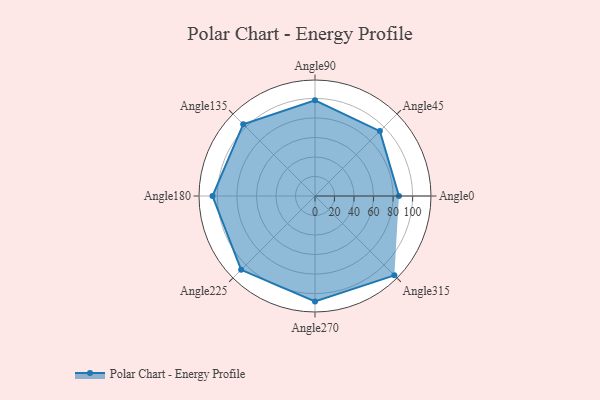
{"axis": {"x": "Angle", "y": "Radius"}, "legend": [""], "data": [{"x": "Angle0", "y": 86.0, "type": ""}, {"x": "Angle45", "y": 94.0, "type": ""}, {"x": "Angle90", "y": 98.0, "type": ""}, {"x": "Angle135", "y": 104.0, "type": ""}, {"x": "Angle180", "y": 105.0, "type": ""}, {"x": "Angle225", "y": 107.0, "type": ""}, {"x": "Angle270", "y": 108.0, "type": ""}, {"x": "Angle315", "y": 115.0, "type": ""}]}